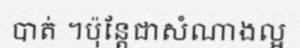
បាត់ ។ប៉ុន្តែជាសំណាងល្អ